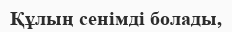
Құлың сенімді болады,